Leaving Certificate Examination, 1916
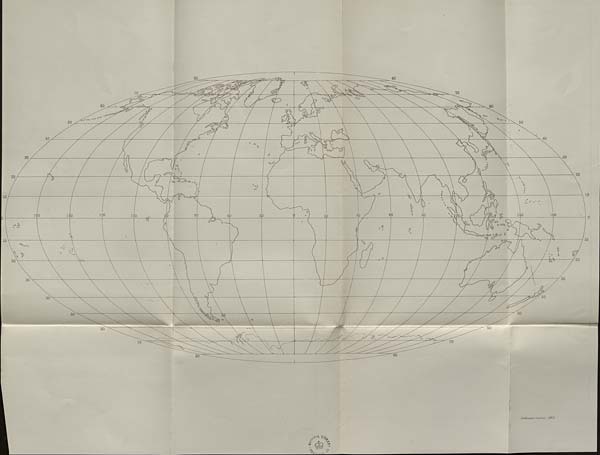
ORDNANCE SURVEY OF ENGLAND.
PART OF SHEETS 115 & 12
Scale of One Inch, to One Statute Mile—o-jisv
■fJSfiles